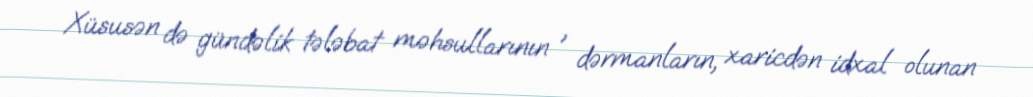
Xüsusən də gündəlik tələbat məhsullarının , dərmanların, xaricdən idxal olunan